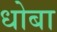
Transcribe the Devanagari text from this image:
धोबा